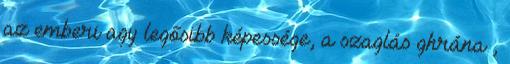
az emberi agy legősibb képessége, a szaglás ghrána ,